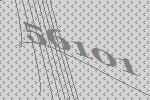
56101